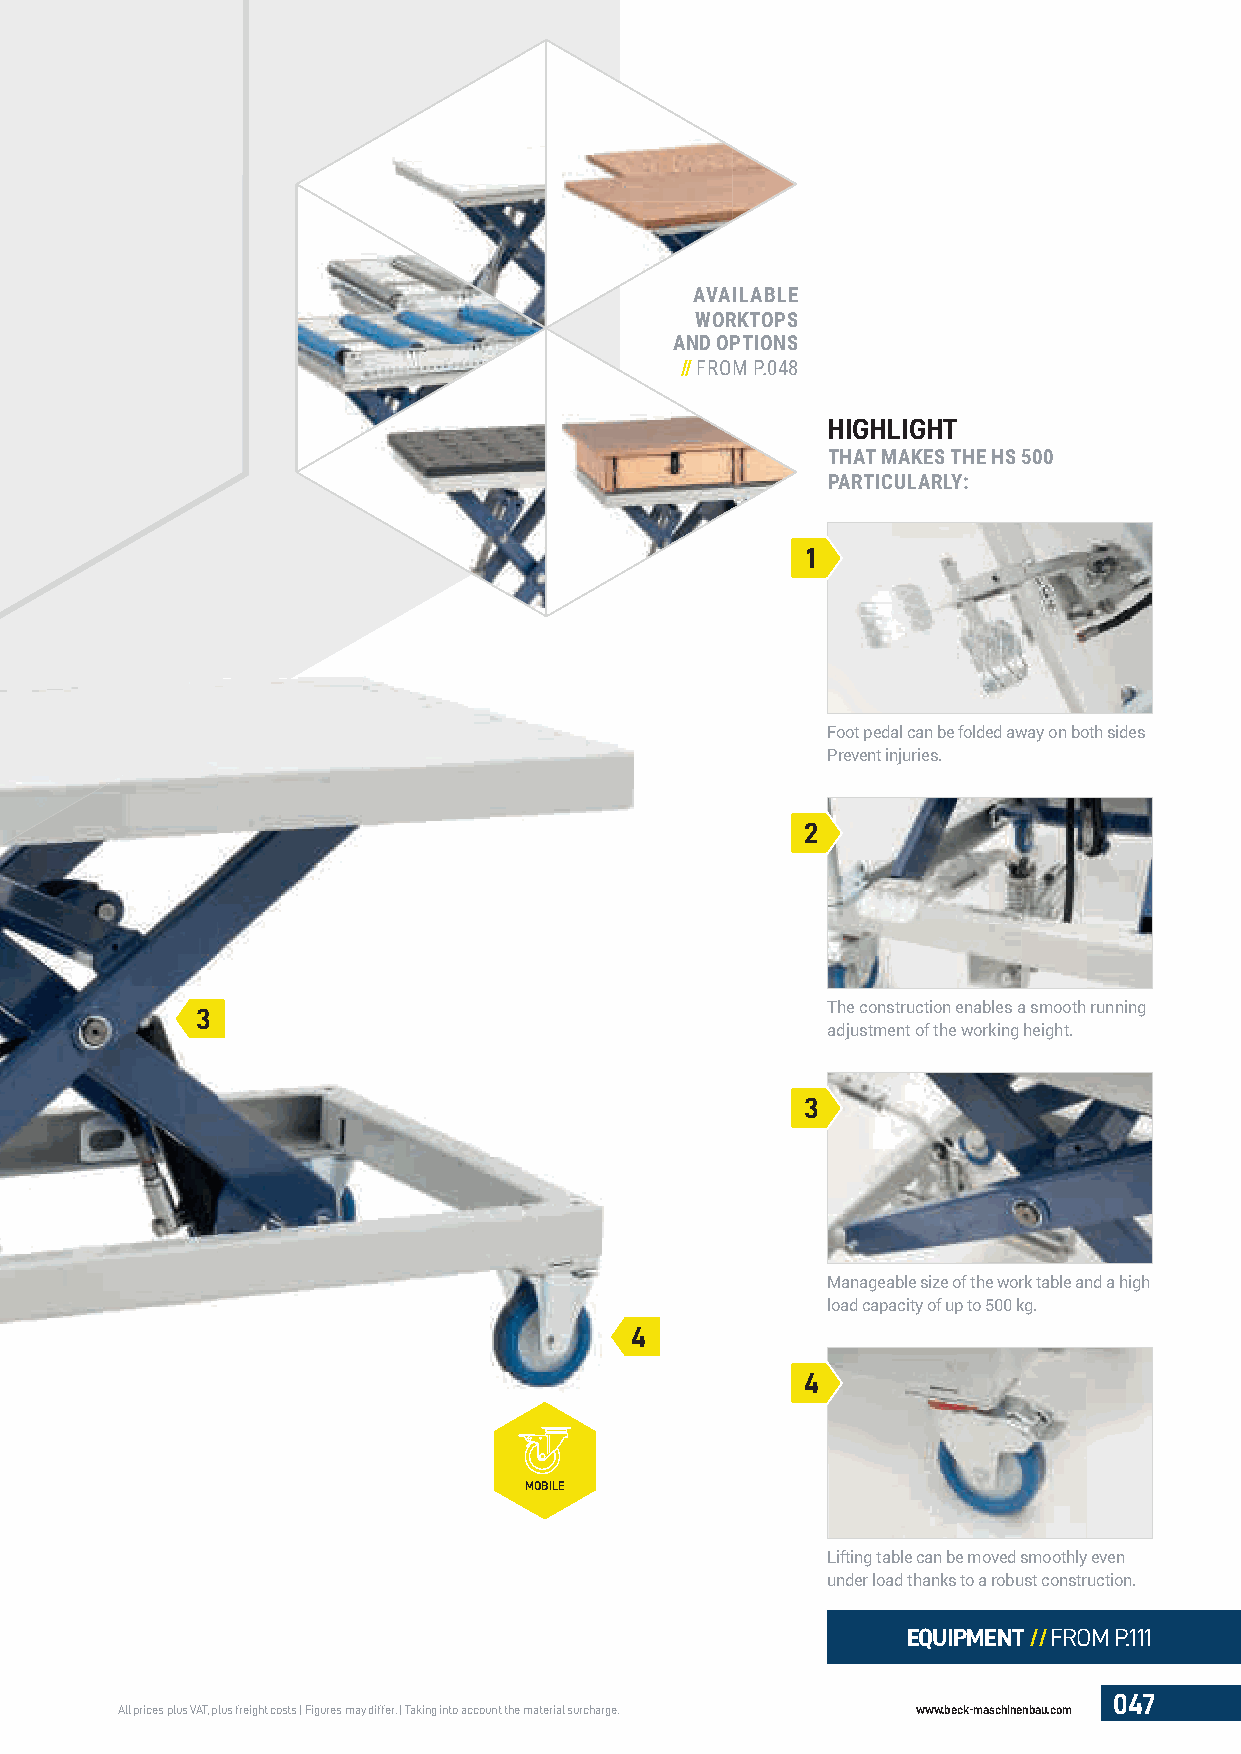
AVAILABLE
 WORKTOPS
 AND OPTIONS
 // FROM P.048
 HIGHLIGHT
 THAT MAKES THE HS 500
 PARTICULARLY:
 1
 Foot pedal can be folded away on both sides
 Prevent injuries.
 2
 3                                         The construction enables a smooth running
 adjustment of the working height.
 3
 Manageable size of the work table and a high
 load capacity of up to 500 kg.
 4
 4
 MOBILE
 Lifting table can be moved smoothly even
 under load thanks to a robust construction.
 EQUIPMENT //FROM P.111
 047
 All prices plus VAT, plus freight costs | Figures may differ. | Taking into account the material surcharge. www.beck-maschinenbau.com